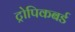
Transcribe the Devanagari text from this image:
ट्रोपिकबर्ड